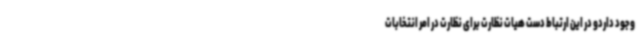
وجود داردو در این ارتباط دست هیات نظارت برای نظارت در امر انتخابات